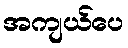
အကျယ်ပေ